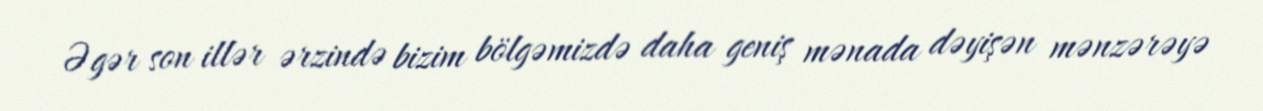
Əgər son illər ərzində bizim bölgəmizdə daha geniş mənada dəyişən mənzərəyə